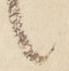
候